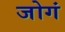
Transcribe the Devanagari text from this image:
जोगं